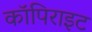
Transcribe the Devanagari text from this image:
कॉपिराइट